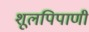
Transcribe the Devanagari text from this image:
शूलपिपाणी